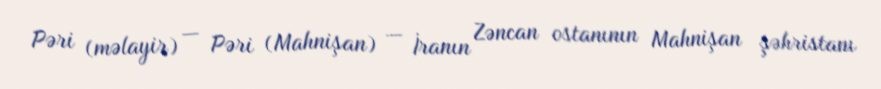
Pəri (məlayir) — Pəri (Mahnişan) — İranın Zəncan ostanının Mahnişan şəhristanı